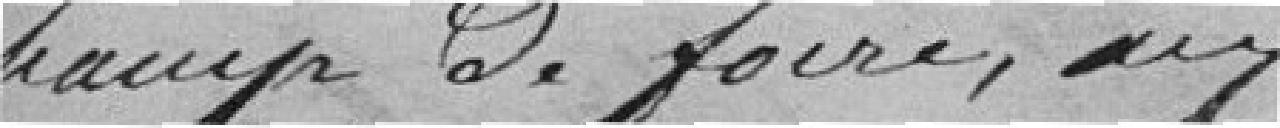
champ de foire, aux